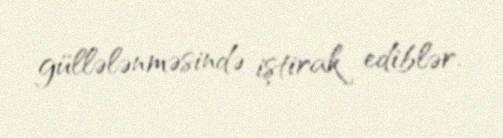
güllələnməsində iştirak ediblər.